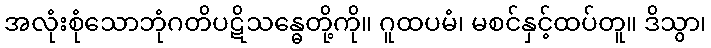
အလုံးစုံသောဘုံဂတိပဋိသန္ဓေတို့ကို။ ဂူထပမံ၊ မစင်နှင့်ထပ်တူ။ ဒိသွာ၊